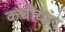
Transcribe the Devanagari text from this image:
कचीयांग